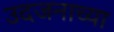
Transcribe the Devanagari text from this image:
उदजनाच्या